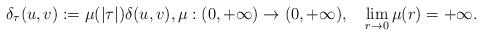
LaTeX: \begin{align*}\delta_\tau(u,v):=\mu(|\tau|)\delta(u,v),\mu:(0,+\infty)\rightarrow(0,+\infty), \quad\lim_{r\rightarrow 0}\mu(r)=+\infty.\end{align*}